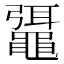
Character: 𪓯